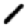
Digit: 1